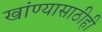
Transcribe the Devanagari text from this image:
खांण्यासाठीही